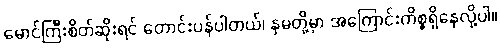
မောင်ကြီးစိတ်ဆိုးရင် တောင်းပန်ပါတယ်၊ နှမတို့မှာ အကြောင်းကိစ္စရှိနေလို့ပါ။